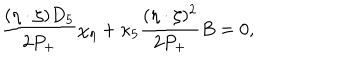
LaTeX: \frac { ( \eta \cdot \zeta ) D _ { 5 } } { 2 P _ { + } } \chi _ { \eta } + \kappa _ { 5 } \frac { ( \eta \cdot \zeta ) ^ { 2 } } { 2 P _ { + } } B = 0 ,